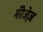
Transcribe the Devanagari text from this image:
मॅरेजेज़